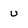
Character: u